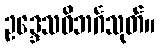
ဥဒ္ဒေသဝိဘင်္ဂသုတ်။